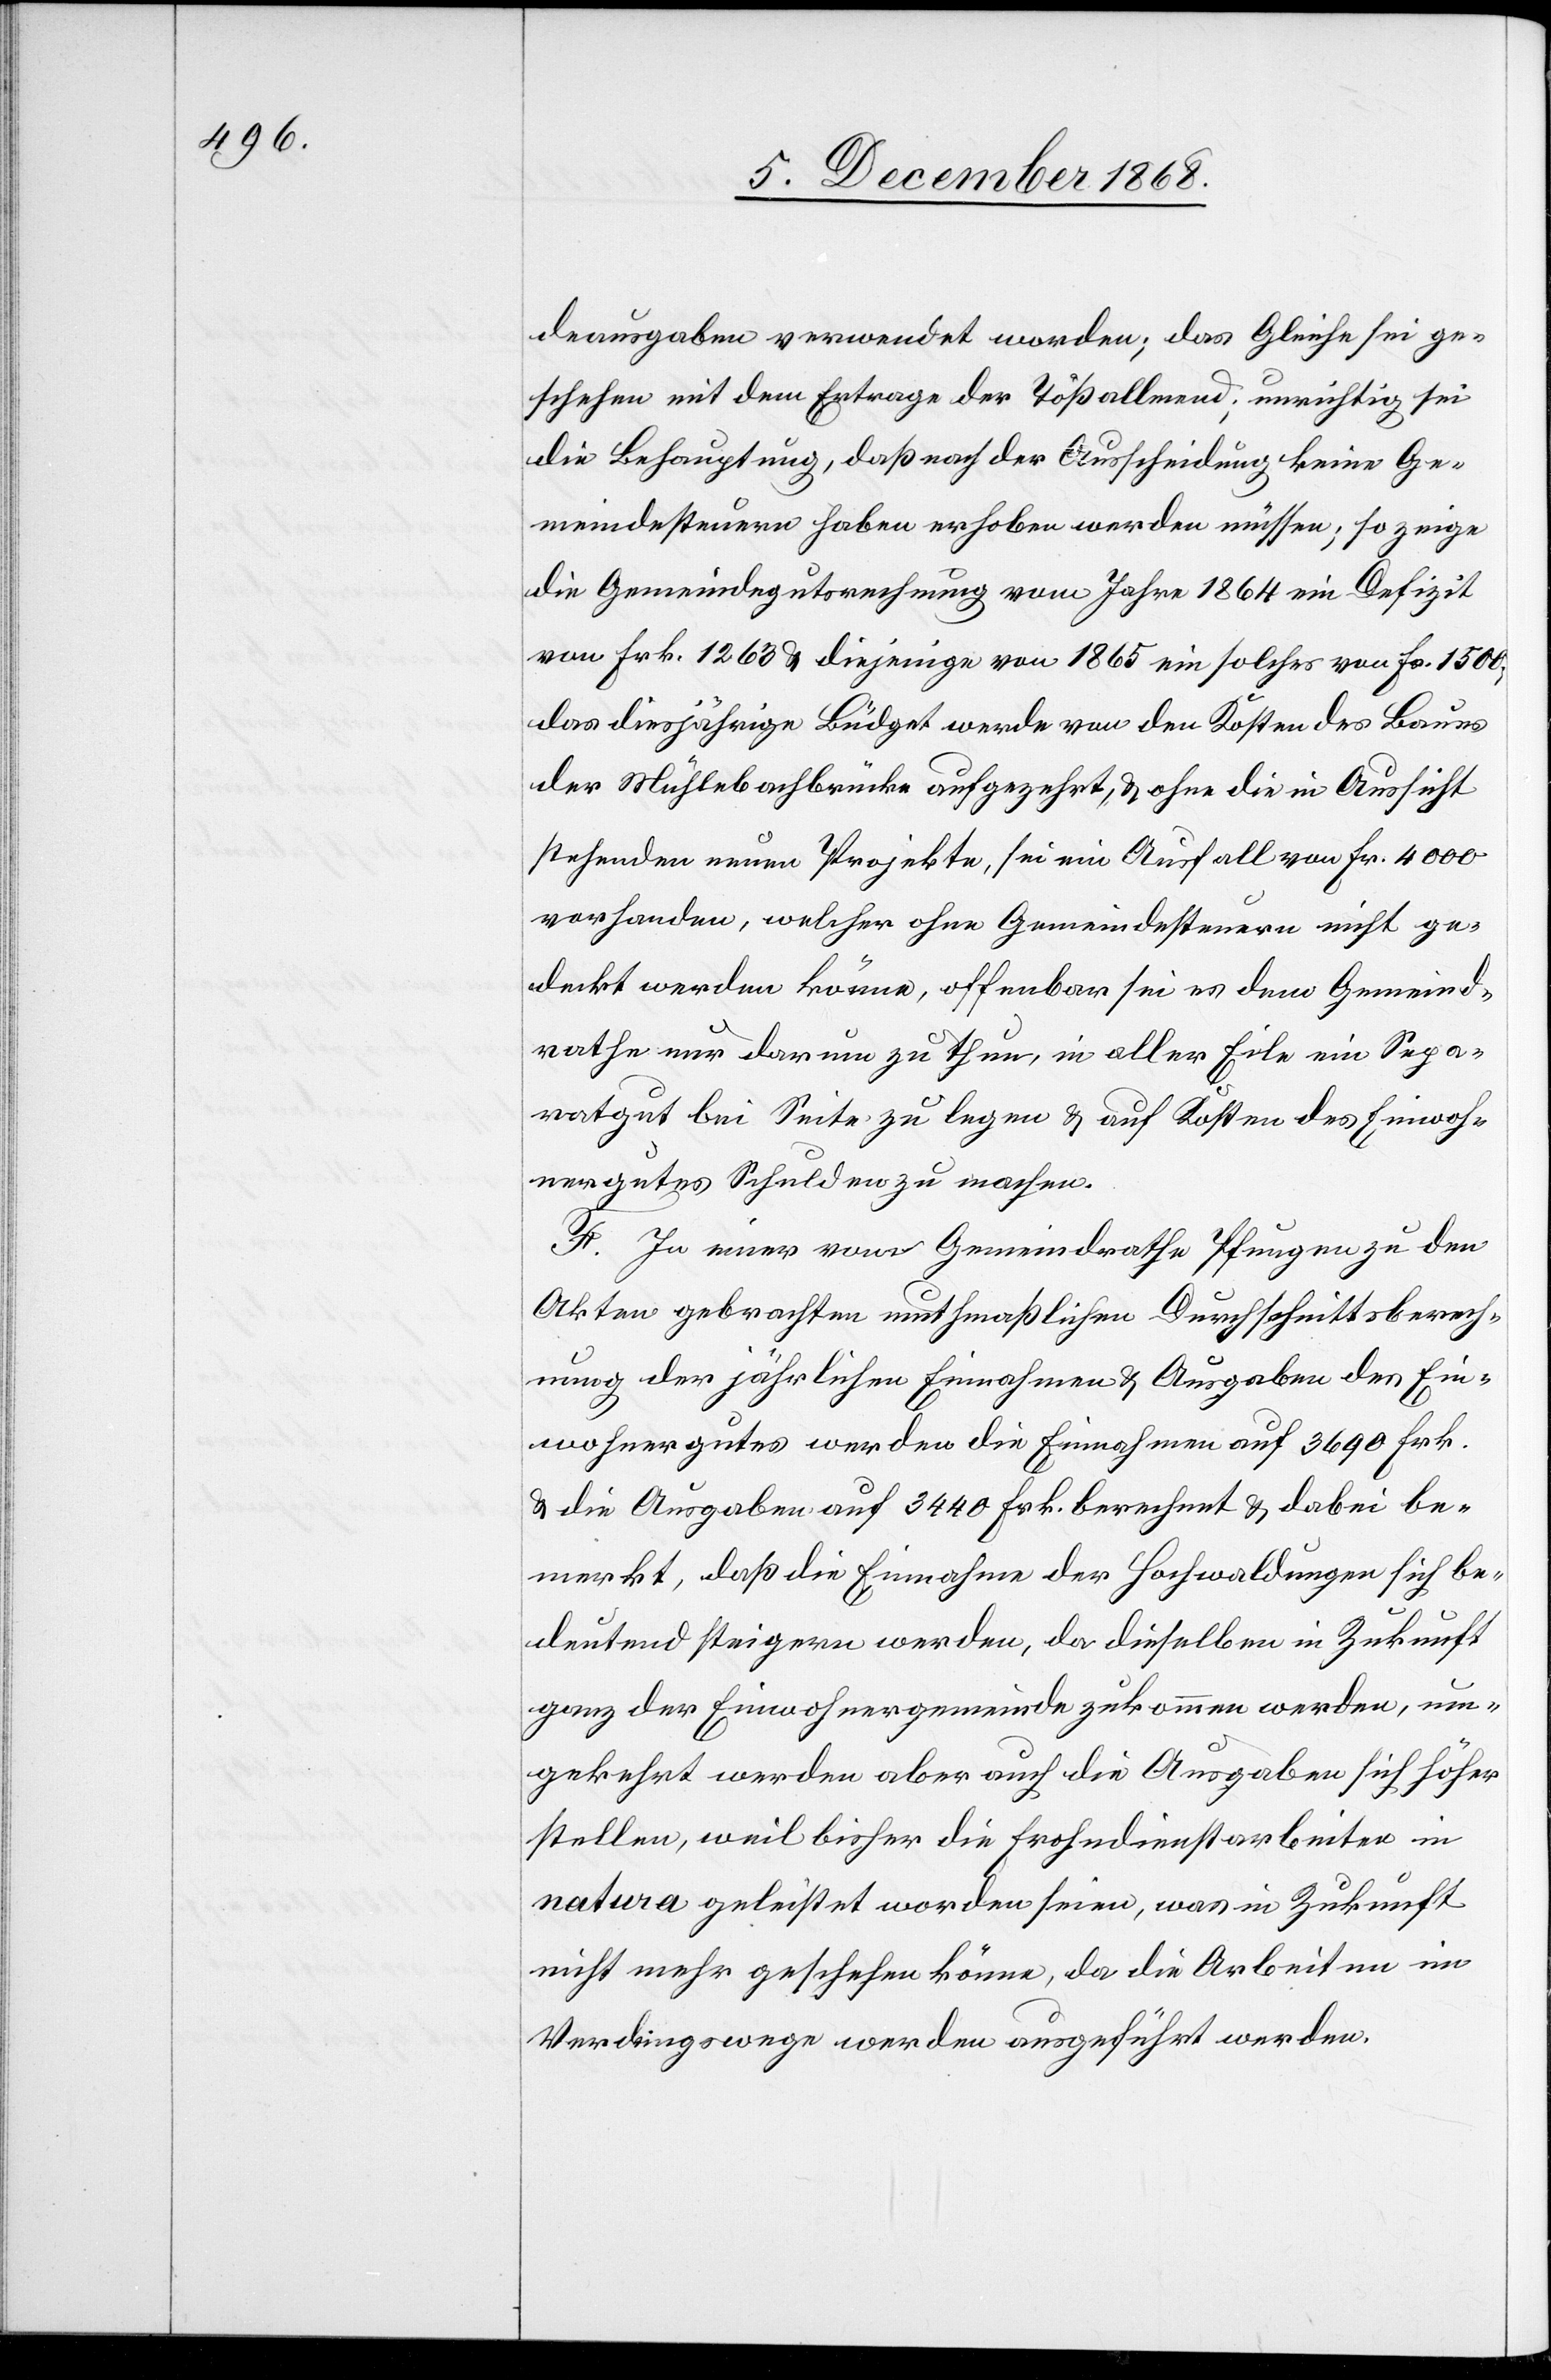
deausgaben verwendet worden; das Gleiche sei ge¬
schehen mit dem Ertrage der Tößallmend; unrichtig sei
die Behauptung, daß nach der Ausscheidung keine Ge¬
meindesteuern haben erhoben werden müssen; so zeige
die Gemeindegutsrechnung vom Jahre 1864 ein Defizit
von Frk. 1263 & diejenige von 1865 ein solches von Fr. 1500;
das diesjährige Büdget werde von den Kosten des Baues
der Mühlebachbrücke aufgezehrt, & ohne die in Aussicht
stehenden neuen Projekte, sei ein Ausfall von Fr. 4000
vorhanden, welcher ohne Gemeindesteuern nicht ge¬
deckt werden könne, offenbar sei es dem Gemeind¬
rathe nur darum zu thun, in aller Eile ein Sepa¬
ratgut bei Seite zu legen & auf Kosten des Einwoh¬
nergutes Schulden zu machen.
F. In einer vom Gemeindrathe Pfungen zu den
Akten gebrachten muthmaßlichen Durchschnittsberech¬
nung der jährlichen Einnahmen & Ausgaben des Ein¬
wohnergutes werden die Einnahmen auf 3690 Frk.
& die Ausgaben auf 3440 Frk. berechnet & dabei be¬
merkt, daß die Einnahme[n] der Hochwaldungen sich be¬
deutend steigern werden, da dieselben in Zukunft
ganz der Einwohnergemeinde zukommen werden, um¬
gekehrt werden aber auch die Ausgaben sich höher
stellen, weil bisher die Frohndienstarbeiten in
natura geleistet worden seien, was in Zukunft
nicht mehr geschehen könne, da die Arbeiten im
Verdingswege werden ausgeführt werden.